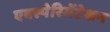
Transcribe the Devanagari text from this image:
एक्स्पेरिमेंटेशन